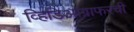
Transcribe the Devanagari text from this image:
व्हिडिओग्राफरची